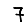
Digit: 7